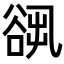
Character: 𧮷